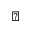
\diamondsuit